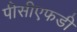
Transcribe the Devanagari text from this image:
पीसीएफडी